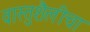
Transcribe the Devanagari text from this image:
वास्तुशैलीचा